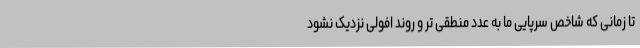
تا زمانی که شاخص سرپایی ما به عدد منطقی تر و روند افولی نزدیک نشود